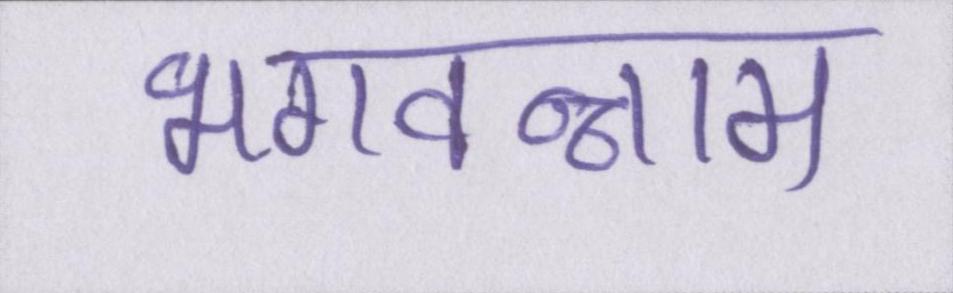
भगवन्नाम